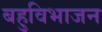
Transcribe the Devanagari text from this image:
बहुविभाजन